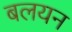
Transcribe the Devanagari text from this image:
बलयन